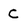
Character: C